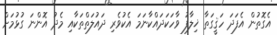
އެގޮތުން އެފަދަ ހަޤީގަތާ ޚިލާފު ވާހަކަދައްކާނަމަ އެކުވެރި ދައުލަތްތަކާއި މެދު އޮންނަ ގުޅުމަށް